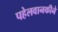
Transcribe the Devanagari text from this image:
पहेलवानकीने